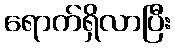
ရောက်ရှိလာပြီး